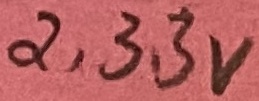
Text: 2,33V